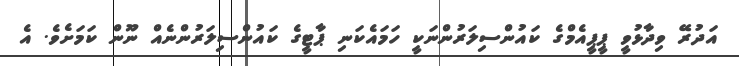
އަދުރޭ ވިދާޅުވީ ޕީޕީއެމްގެ ކައުންސިލަރުންނަކީ ހަމައެކަނި ޕާޓީގެ ކައުންސިލަރުންނެއް ނޫން ކަމަށެވެ. އެ